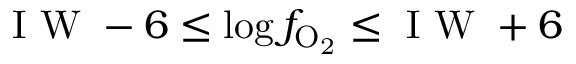
\mathrm { ~ I ~ W ~ } - 6 \le \log f _ { \mathrm { O _ { 2 } } } \le \mathrm { ~ I ~ W ~ } + 6